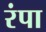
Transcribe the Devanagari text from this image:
रंपा